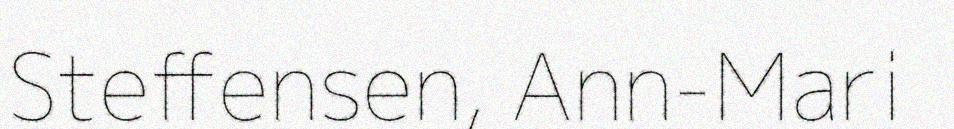
Steffensen, Ann-Mari